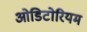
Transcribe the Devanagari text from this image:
ओडिटोरियम